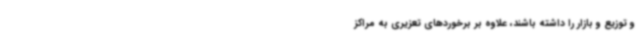
و توزیع و بازار را داشته باشند، علاوه بر برخوردهای تعزیری به مراکز